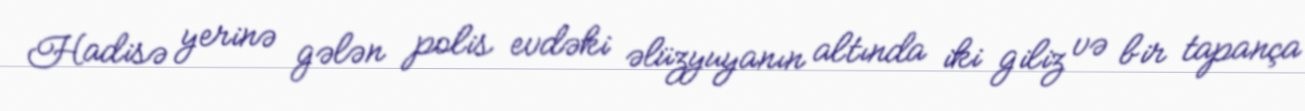
Hadisə yerinə gələn polis evdəki əlüzyuyanın altında iki giliz və bir tapança